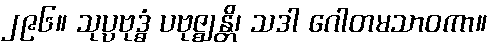
၂၉၆။ သုပ္ပဗုဒ္ဓံ ပဗုဇ္ဈန္တိ၊ သဒါ ဂေါတမသာဝကာ။